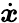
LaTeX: \dot{\boldsymbol x}